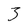
Character: 3